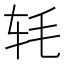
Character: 𬨁